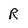
Character: R